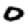
Digit: 0